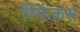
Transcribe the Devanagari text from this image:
स्फिंकस